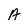
Character: A